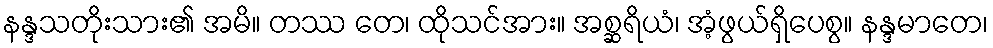
နန္ဒသတိုးသား၏ အမိ။ တဿ တေ၊ ထိုသင်အား။ အစ္ဆရိယံ၊ အံ့ဖွယ်ရှိပေစွ။ နန္ဒမာတေ၊